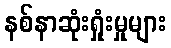
နစ်နာဆုံးရှုံးမှုများ